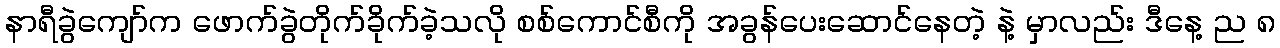
နာရီခွဲကျော်က ဖောက်ခွဲတိုက်ခိုက်ခဲ့သလို စစ်ကောင်စီကို အခွန်ပေးဆောင်နေတဲ့ နဲ့ မှာလည်း ဒီနေ့ ည ၈